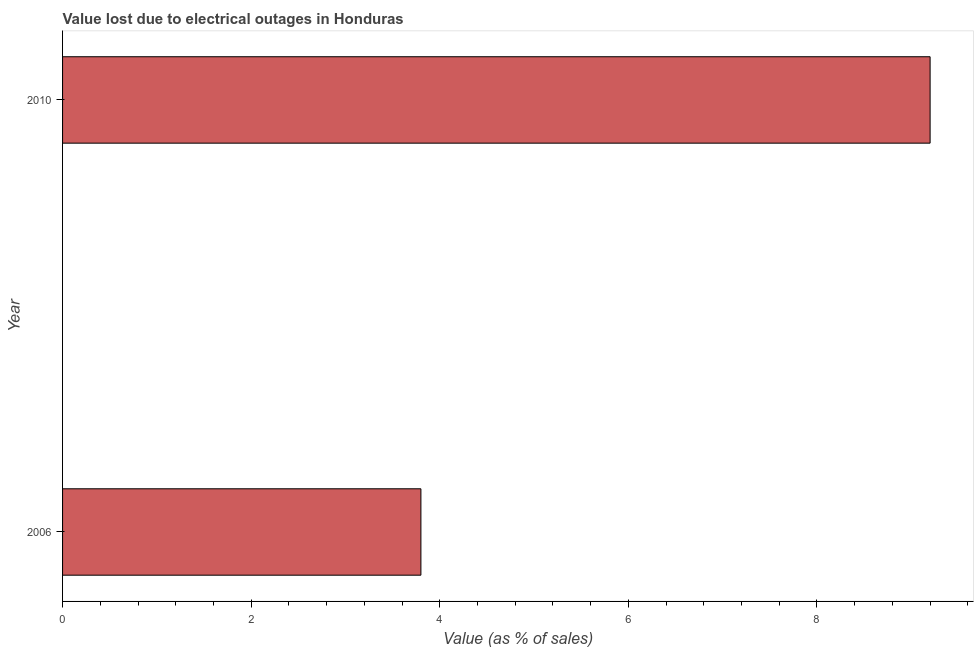
| Year | Value lost due to electrical outages |
 | --- | --- |
 | 2006 | 3.8 |
 | 2010 | 9.2 |